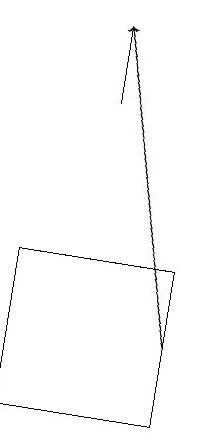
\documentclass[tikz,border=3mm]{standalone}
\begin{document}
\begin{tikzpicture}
\draw (6,16) rectangle (8,14);
\draw[->] (8,15) -- (7,19);
\draw[->] (7,18) -- (7,19);
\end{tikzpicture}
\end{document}